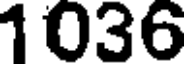
1036